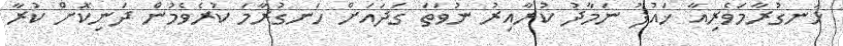
ހަނގުރާމަވެރިއާ ޚައުފު ނަމާދު ކުރާއިރު ނުވަތަ ގަދައަށް ހަނގުރާމަ ކުރެވެމުން ދަނިކޮށް ކުރާ